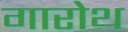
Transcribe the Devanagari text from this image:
गारोथ